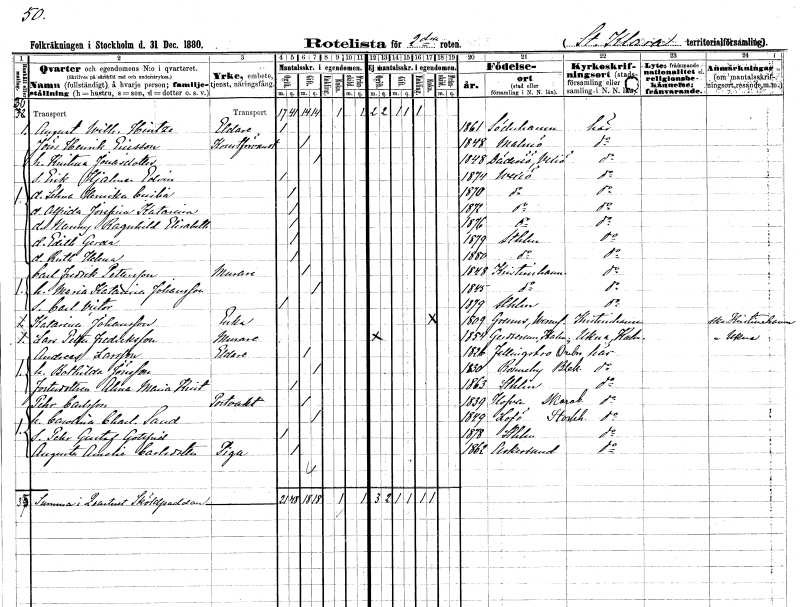
gt_parse: households: individuals: FN: August Wilhelm
EN: Hintze
YRKE: Eldare
KON: M
CIV: O
FODAR: 1861
FODFORS: Söderhamn Gävleborgs län
FN: Jöns Henrik
EN: Ericsson
YRKE: Konstförvandt
KON: M
CIV: G
FODAR: 1848
FODFORS: Malmö Malmöhus län
FN: Kristina
EN: Jonasdotter
KON: K
CIV: G
FODAR: 1848
FODFORS: Dädesjö Kronobergs län
FN: Erik Hjalmar Edvin
KON: M
CIV: O
FODAR: 1874
FODFORS: Växjö Kronobergs län
FN: Selma Henrika Cecilia
KON: K
CIV: O
FODAR: 1870
FODFORS: Växjö Kronobergs län
FN: Alfrida Josefina Katarina
KON: K
CIV: O
FODAR: 1872
FODFORS: Växjö Kronobergs län
FN: Nanny Ragnhild Elisabeth
KON: K
CIV: O
FODAR: 1876
FODFORS: Växjö Kronobergs län
FN: Edith Gerda
KON: K
CIV: O
FODAR: 1879
FODFORS: Stockholm
FN: Ruth Helena
KON: K
CIV: O
FODAR: 1880
FODFORS: Stockholm
FN: Carl Fredrik
EN: Pettersson
YRKE: Murare
KON: M
CIV: G
FODAR: 1848
FODFORS: Kristinehamn Värmlands län
FN: Maria Katarina
EN: Johansson
KON: K
CIV: G
FODAR: 1845
FODFORS: Kristinehamn Värmlands län
FN: Carl Victor
KON: M
CIV: O
FODAR: 1879
FODFORS: Stockholm
FN: Katarina
EN: Johansson
YRKE: Änka
KON: K
CIV: E
FODAR: 1809
FODFORS: Grums Värmlands län
FN: Lars Petter
EN: Fredriksson
YRKE: Murare
KON: M
CIV: O
FODAR: 1854
FODFORS: Gärdserum Östergötlands län
FN: Andreas
EN: Larsson
YRKE: Eldare
KON: M
CIV: G
FODAR: 1826
FODFORS: Fellingsbro Örebro län
FN: Bothilda
EN: Jönsson
KON: K
CIV: G
FODAR: 1830
FODFORS: Ronneby Blekinge län
FN: Alma Maria Kristina
KON: K
CIV: O
FODAR: 1863
FODFORS: Stockholm
FN: Pehr
EN: Carlsson
YRKE: Portvakt
KON: M
CIV: G
FODAR: 1839
FODFORS: Hova Skaraborgs län
FN: Carolina Charlotta
EN: Sand
KON: K
CIV: G
FODAR: 1849
FODFORS: Lovö Stockholms län
FN: Pehr Gustaf Gottfrid
KON: M
CIV: O
FODAR: 1878
FODFORS: Stockholm
FN: Augusta Amalia
EN: Carlsdotter
YRKE: Piga
KON: K
CIV: O
FODAR: 1862
FODFORS: Askersund Örebro län